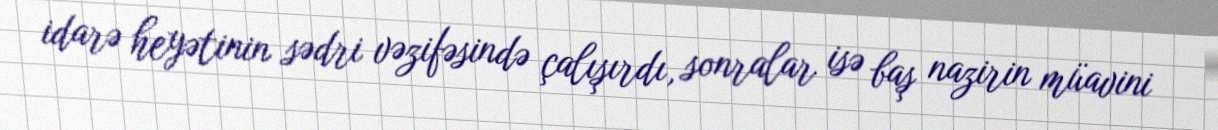
idarə heyətinin sədri vəzifəsində çalışırdı, sonralar isə baş nazirin müavini